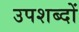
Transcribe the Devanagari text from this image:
उपशब्दों